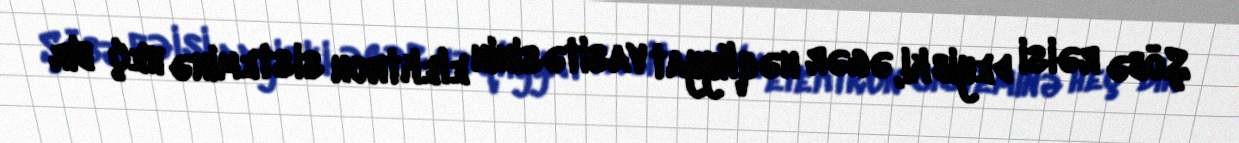
Şöbə rəisi deyib ki, əgər nəqliyyat vasitəsinin elektron sisteminə heç bir